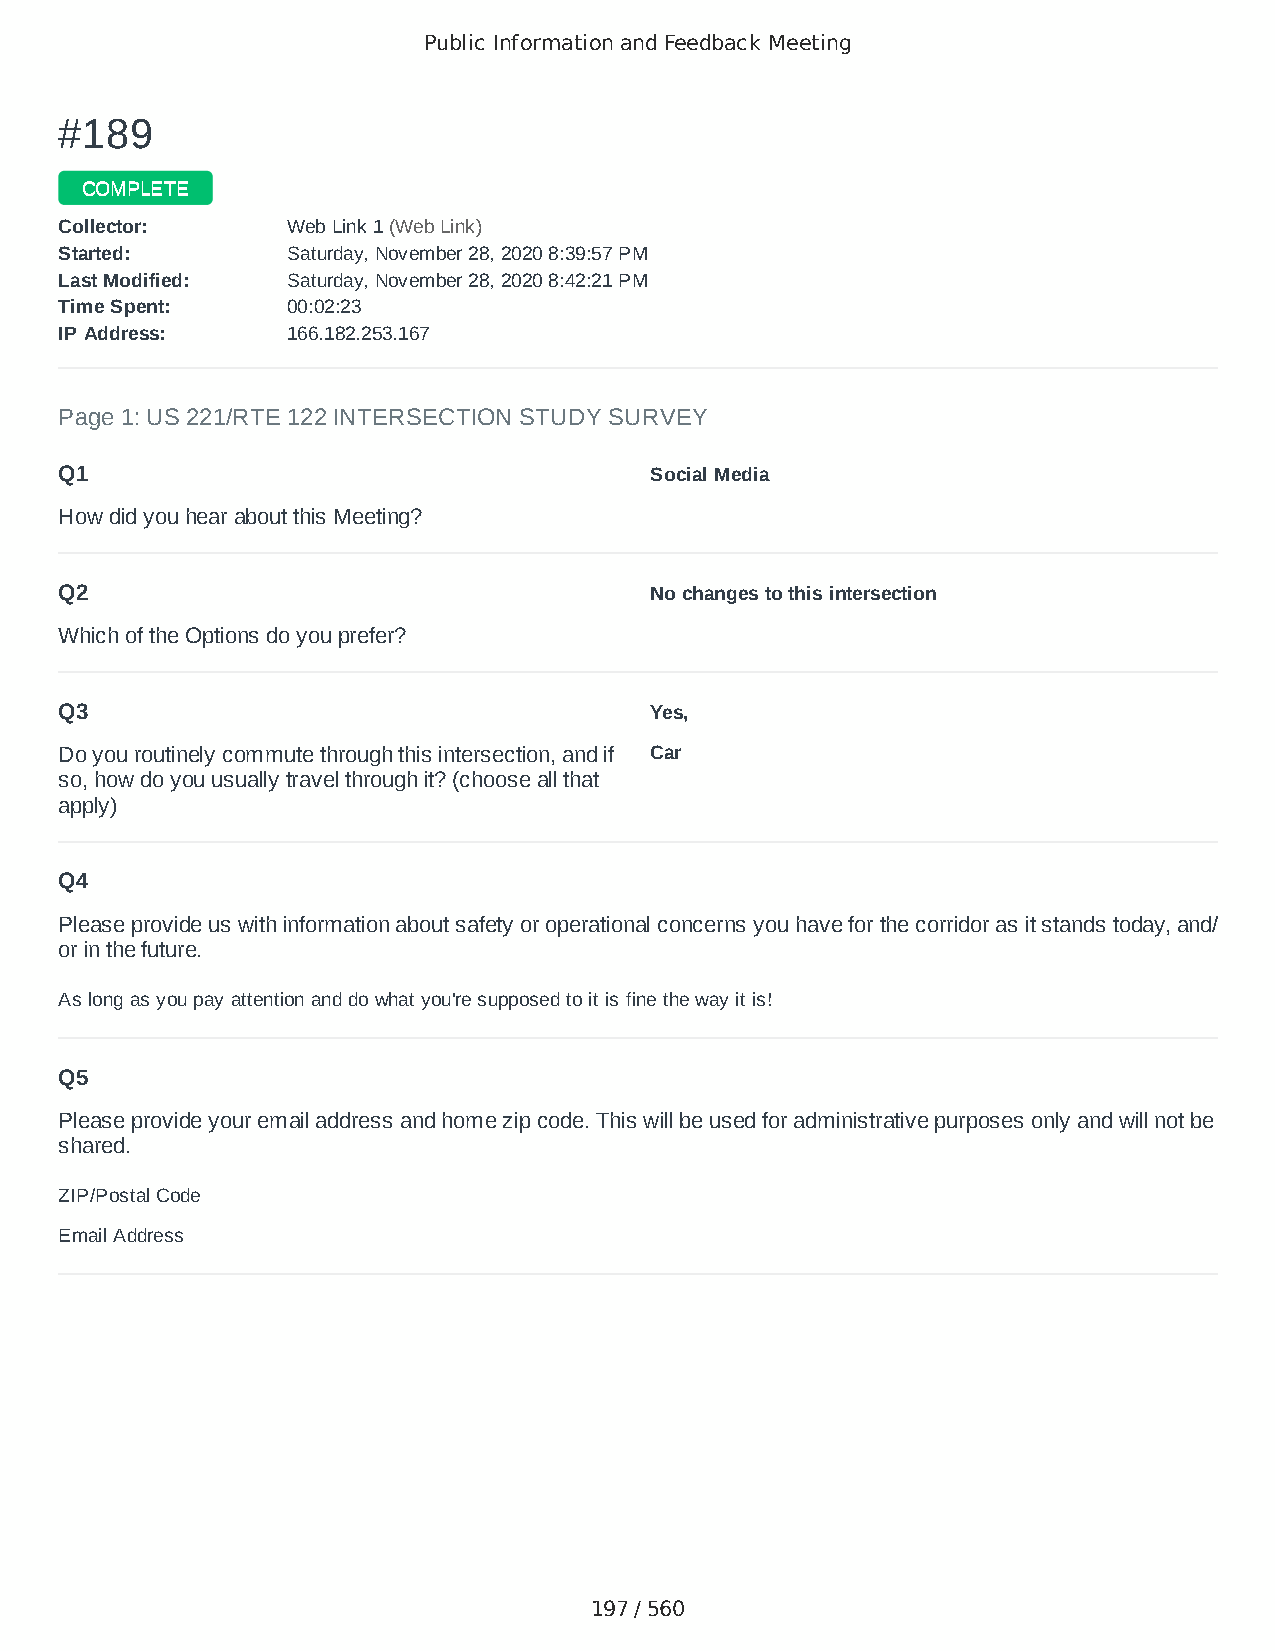
Public Information and Feedback Meeting
 ##118899
 CCOOMMPPLLEETTEE
 CCoolllleeccttoorr:: WWeebb LLiinnkk 11 ((WWeebb LLiinnkk))
 SSttaarrtteedd:: SSaattuurrddaayy,, NNoovveemmbbeerr 2288,, 22002200 88::3399::5577 PPMM
 LLaasstt MMooddiiffiieedd:: SSaattuurrddaayy,, NNoovveemmbbeerr 2288,, 22002200 88::4422::2211 PPMM
 TTiimmee SSppeenntt:: 0000::0022::2233
 IIPP AAddddrreessss:: 116666..118822..225533..116677
 Page 1: US 221/RTE 122 INTERSECTION STUDY SURVEY
 Q1                                     Social Media
 How did you hear about this Meeting?
 Q2                                     No changes to this intersection
 Which of the Options do you prefer?
 Q3                                     Yes,
 Do you routinely commute through this intersection, and if Car
 so, how do you usually travel through it? (choose all that
 apply)
 Q4
 Please provide us with information about safety or operational concerns you have for the corridor as it stands today, and/
 or in the future.
 As long as you pay attention and do what you're supposed to it is fine the way it is!
 Q5
 Please provide your email address and home zip code. This will be used for administrative purposes only and will not be
 shared.
 ZIP/Postal Code                        24523
 Email Address                          karlbriann00@yahoo.com
 197 / 560